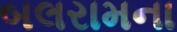
બલરામના